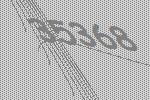
35368